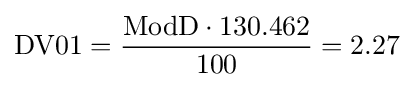
{\text{DV01}}={\frac {{\text{ModD}}\cdot 130.462}{100}}=2.27